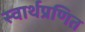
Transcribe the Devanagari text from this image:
स्वार्थप्रणित